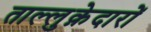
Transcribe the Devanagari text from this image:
ताल्लुक़ेदारों